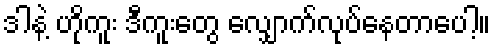
ဒါနဲ့ ဟိုကူး ဒီကူးတွေ လျှောက်လုပ်နေတာပေါ့။